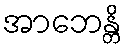
အာဘေန္တိ